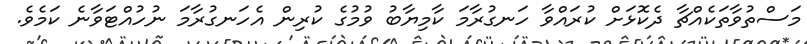
މަސްތުވާތަކެއްޗާ ދެކޮޅަށް ކުރައްވާ ހަނގުރާމަ ކާމިޔާބު ވުމުގެ ކުރިން އެހަނގުރާމަ ނުހުއްޓަވާނެ ކަމެވެ.